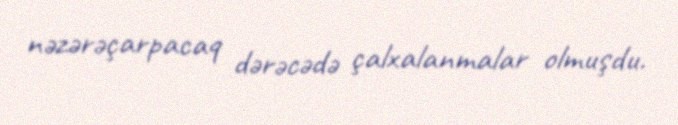
nəzərəçarpacaq dərəcədə çalxalanmalar olmuşdu.